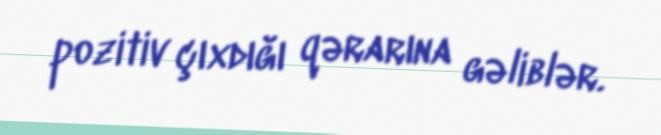
pozitiv çıxdığı qərarına gəliblər.